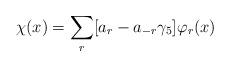
LaTeX: \begin{align*}\chi(x) = \sum_{r}[a_{r} - a_{-r} \gamma_{5}]\varphi_{r}(x)\end{align*}